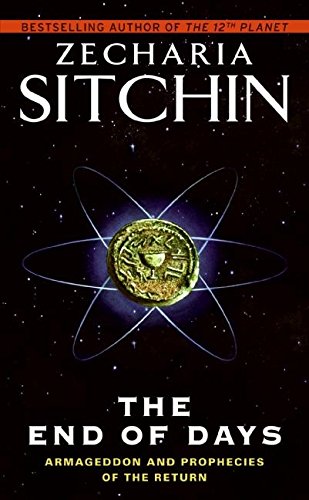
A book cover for The End of Days: Armageddon and Prophecies of the Return (Earth Chronicles); Zecharia Sitchin; Science & Math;